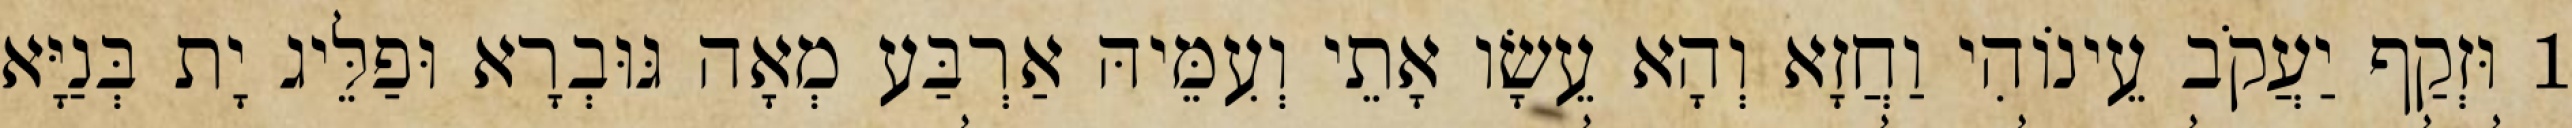
1 וּזְקַף יַעֲקֹב עֵינוֹהִי וַחֲזָא וְהָא עֵשָׂו אָתֵי וְעִמֵּיהּ אַרְבַּע מְאָה גּוּבְרָא וּפַלֵּיג יָת בְּנַיָּא